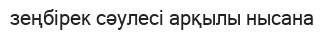
зеңбірек сәулесі арқылы нысана